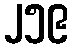
၂၅၉